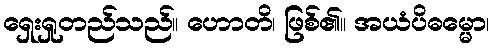
ရှေးရှုတည်သည်။ ဟောတိ၊ ဖြစ်၏။ အယံပိဓမ္မော၊